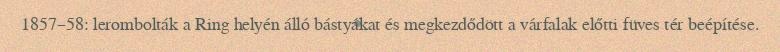
1857–58: lerombolták a Ring helyén álló bástyákat és megkezdődött a várfalak előtti füves tér beépítése.